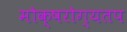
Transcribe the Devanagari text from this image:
मोक्षरोग्यतप